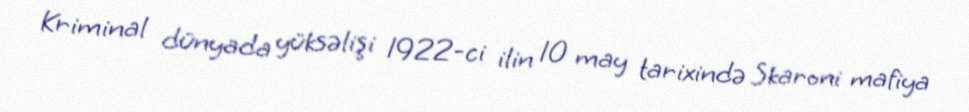
Kriminal dünyada yüksəlişi 1922-ci ilin 10 may tarixində Skaroni mafiya